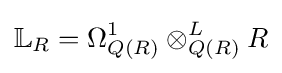
\mathbb {L} _{R}=\Omega _{Q(R)}^{1}\otimes _{Q(R)}^{L}R